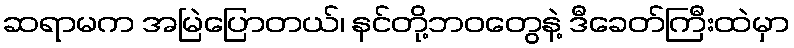
ဆရာမက အမြဲပြောတယ်၊ နင်တို့ဘဝတွေနဲ့ ဒီခေတ်ကြီးထဲမှာ